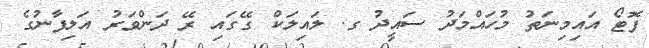
ފޮޓޯ އައިމިނަތު މުހައްމަދު ސައީދު ގ. ލައިލަކް ގޭގައި ރޭ ދަންވަރު އަލިފާނުގެ